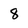
Character: 8